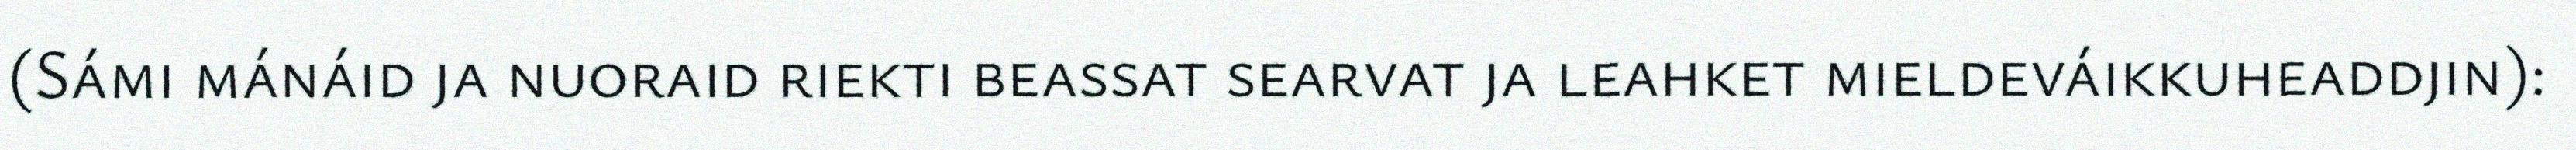
(Sámi mánáid ja nuoraid riekti beassat searvat ja leahket mieldeváikkuheaddjin):